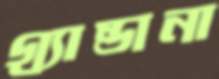
গ্র্যান্ডানা